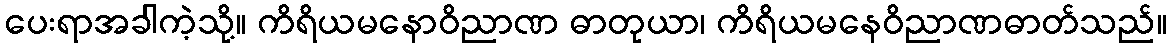
ပေးရာအခါကဲ့သို့။ ကိရိယမနောဝိညာဏ ဓာတုယာ၊ ကိရိယမနေဝိညာဏဓာတ်သည်။